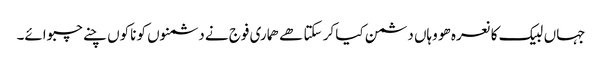
جہاں لبیک کا نعرہ ھو وہاں دشمن کیا کر سکتا ھے ھماری فوج نے دشمنوں کو ناکوں چنے چبوائے۔